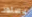
دستور